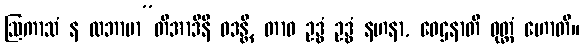
ဩကာသံ န လဘာမာ”တိအာဒီနိ ဝဒန္တိ, တာဝ ဥဒ္ဓံ ဥဒ္ဓံ နဟနာ, ဝေဌနာတိ ဝုတ္တံ ဟောတိ။